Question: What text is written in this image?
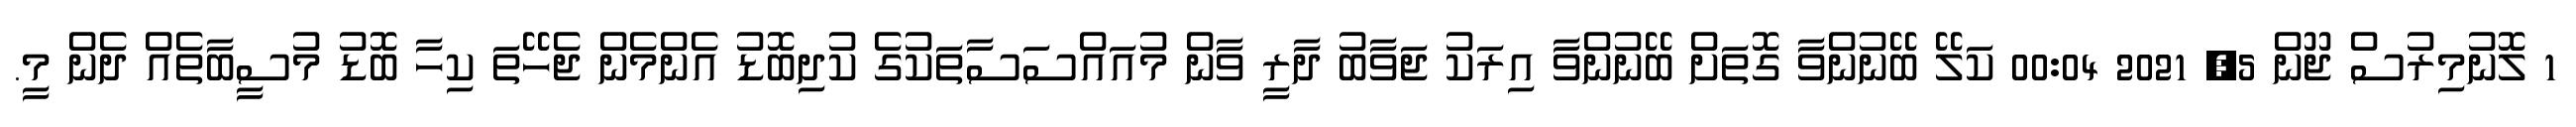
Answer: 1 ލޮނުމިރުސް ޖޫން 5, 2021 00:04 ކަލޭ ބޭނުންވާ ގޮތަށް ބޭނުންވާ އިރަކު ޖަވާބު ދާރީ ވާން މުއައްސަސާތަކުގެ ކުދިބޮޑު އެންމެން ޖެހޭތަ ކިހާ ބޮޑު މުސީބާތެއް ދެން މީ.